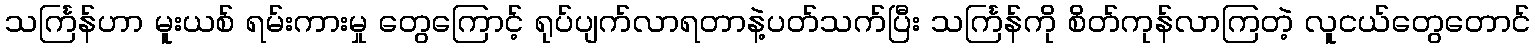
သင်္ကြန်ဟာ မူးယစ် ရမ်းကားမှု တွေကြောင့် ရုပ်ပျက်လာရတာနဲ့ပတ်သက်ပြီး သင်္ကြန်ကို စိတ်ကုန်လာကြတဲ့ လူငယ်တွေတောင်